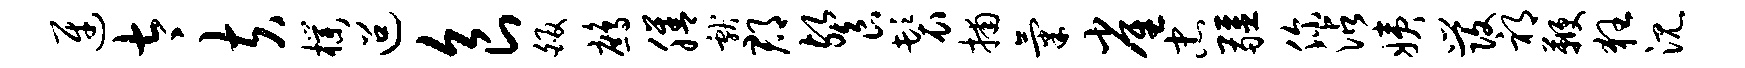
迓太夫朴迢食皈鹧膳献郡餐鬟捕气雀忠疆你沾姨发祁鞭狂沉